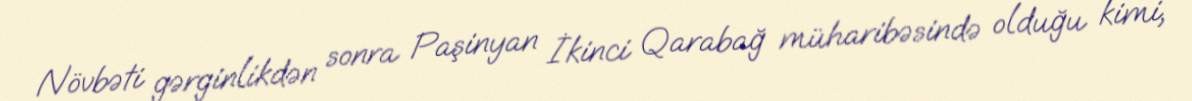
Növbəti gərginlikdən sonra Paşinyan İkinci Qarabağ müharibəsində olduğu kimi,